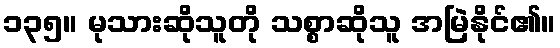
၁၃၅။ မုသားဆိုသူတို သစ္စာဆိုသူ အမြဲနိုင်၏။